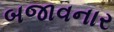
બજાવનાર